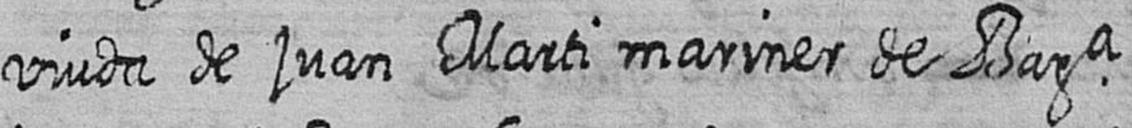
viuda de juan Marti mariner de Bara